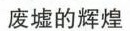
废墟的辉煌